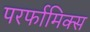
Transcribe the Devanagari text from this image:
परर्फामिक्स